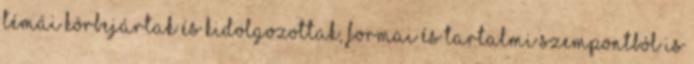
témái körbejártak és kidolgozottak, formai és tartalmi szempontból is